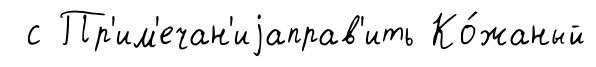
с Пр'им'ечан'иjаправ'ить Ко́жаный